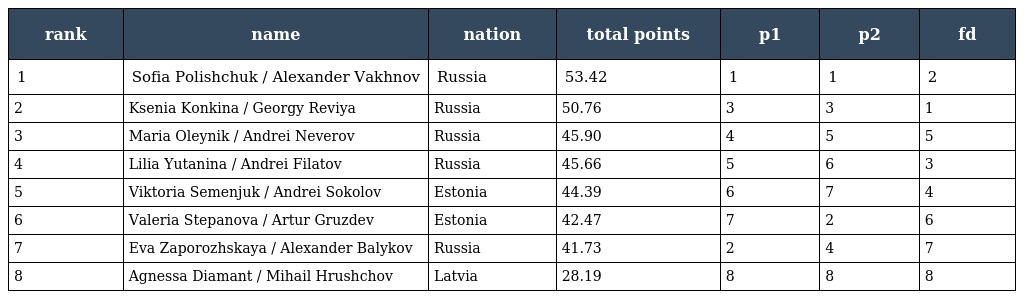
| rank | name | nation | total points | p1 | p2 | fd |
 | --- | --- | --- | --- | --- | --- | --- |
 | 1 | Sofia Polishchuk / Alexander Vakhnov | Russia | 53.42 | 1 | 1 | 2 |
 | 2 | Ksenia Konkina / Georgy Reviya | Russia | 50.76 | 3 | 3 | 1 |
 | 3 | Maria Oleynik / Andrei Neverov | Russia | 45.90 | 4 | 5 | 5 |
 | 4 | Lilia Yutanina / Andrei Filatov | Russia | 45.66 | 5 | 6 | 3 |
 | 5 | Viktoria Semenjuk / Andrei Sokolov | Estonia | 44.39 | 6 | 7 | 4 |
 | 6 | Valeria Stepanova / Artur Gruzdev | Estonia | 42.47 | 7 | 2 | 6 |
 | 7 | Eva Zaporozhskaya / Alexander Balykov | Russia | 41.73 | 2 | 4 | 7 |
 | 8 | Agnessa Diamant / Mihail Hrushchov | Latvia | 28.19 | 8 | 8 | 8 |